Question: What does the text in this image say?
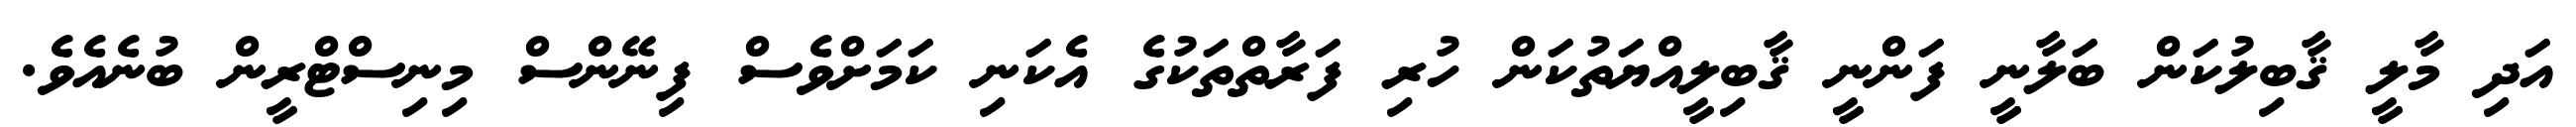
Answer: އަދި މާލީ ޤާބިލުކަން ބަލާނީ ފަންނީ ޤާބިލީއްޔަތުކަން ހުރި ފަރާތްތަކުގެ އެކަނި ކަމަށްވެސް ފިނޭންސް މިނިސްޓްރީން ބުނެއެވެ.